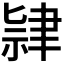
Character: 𫆔